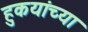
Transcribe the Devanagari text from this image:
हुकयांच्या